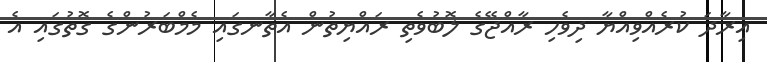
އިރާދަ ކުރެއްވިއްޔާ ދިވެހި ރާއްޖޭގެ ލޮބުވެތި ރައްޔިތުން އެތާނގައި މެމްބަރުންގެ ގޮތުގައި އެ